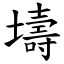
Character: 壔